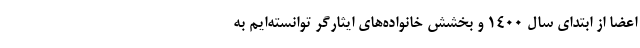
اعضا از ابتدای سال ۱۴۰۰ و بخشش خانواده‌های ایثارگر توانسته‌ایم به